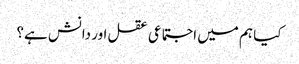
کیا ہم میں اجتماعی عقل اور دانش ہے؟